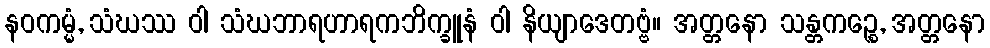
နဝကမ္မံ, သံဃဿ ဝါ သံဃဘာရဟာရကဘိက္ခူနံ ဝါ နိယျာဒေတဗ္ဗံ။ အတ္တနော သန္တကဉ္စေ, အတ္တနော